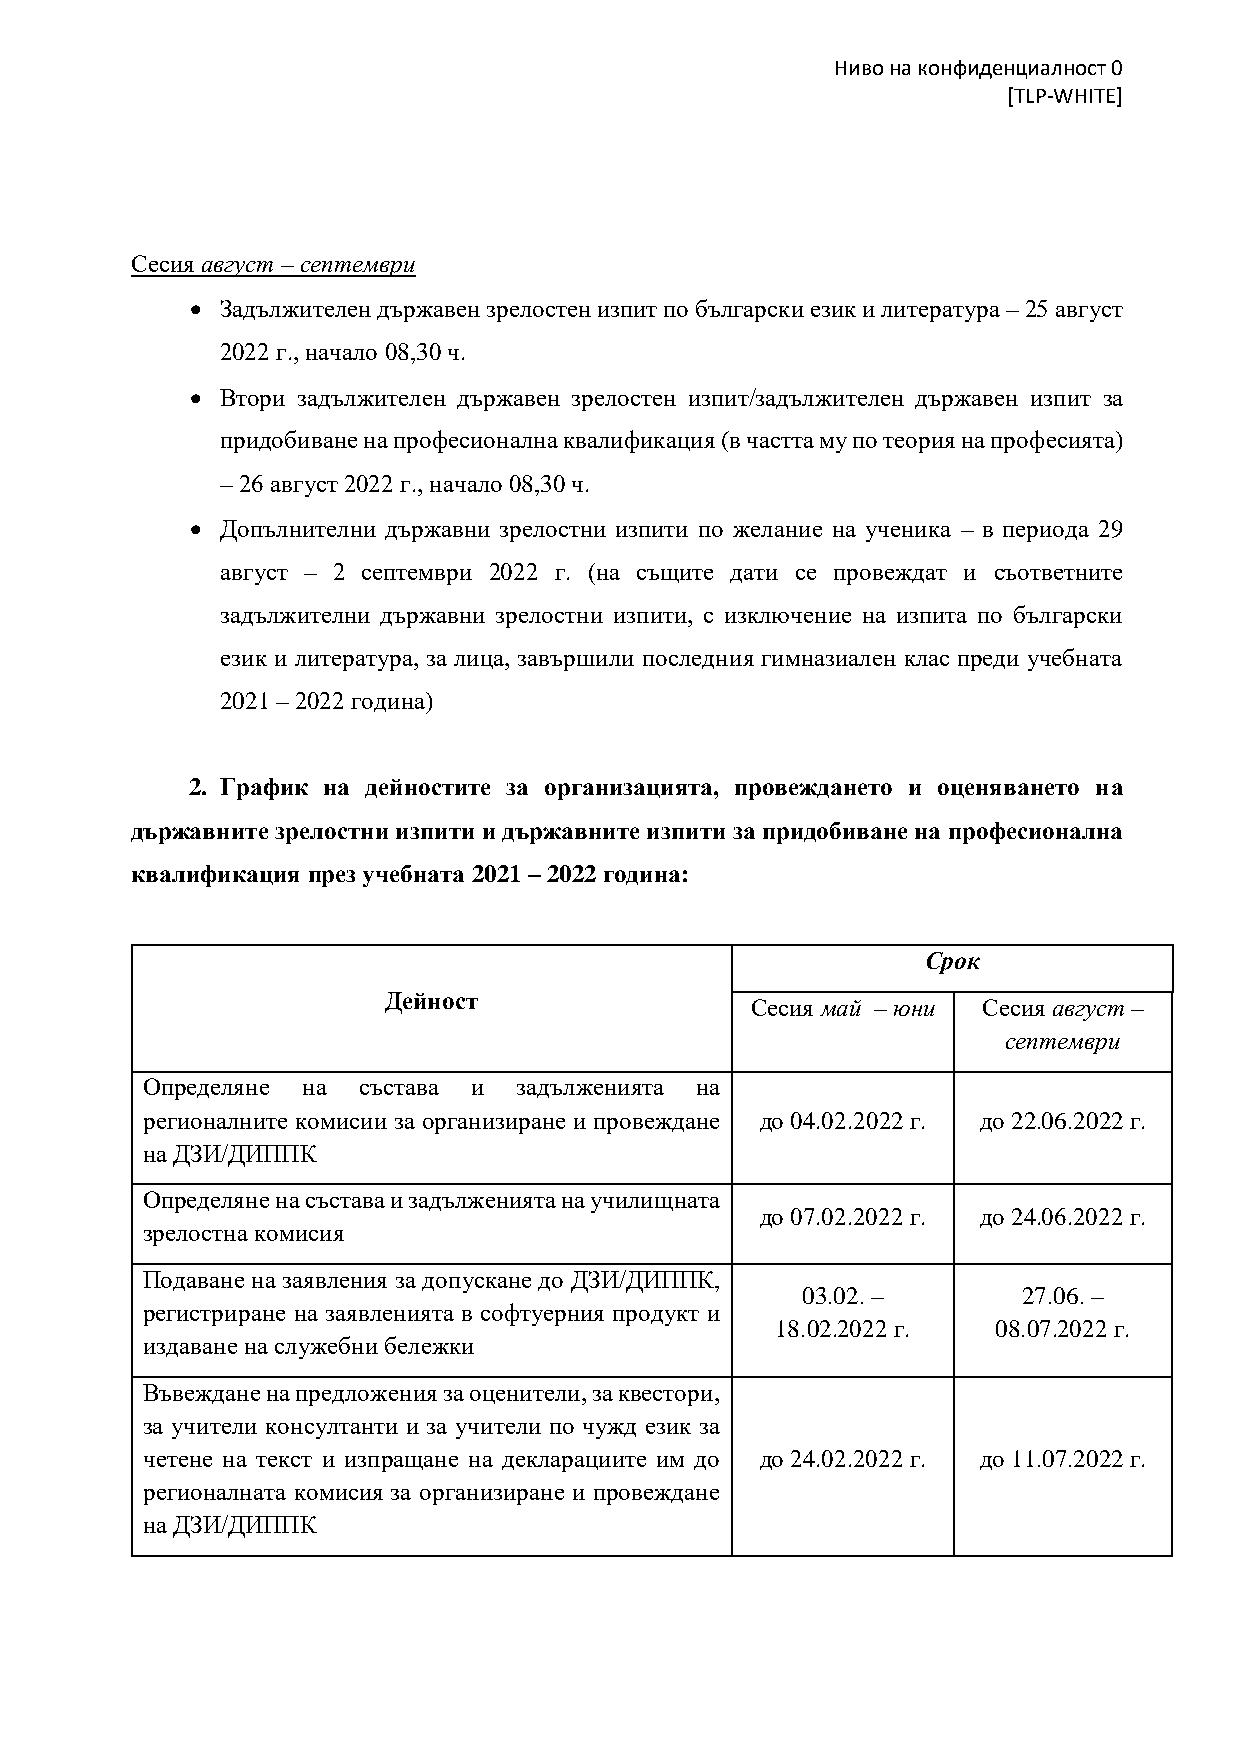
Ниво на конфиденциалност 0
 [TLP-WHITE]
 Сесия август – септември
 • Задължителен държавен зрелостен изпит по български език и литература – 25 август
 2022 г., начало 08,30 ч.
 • Втори задължителен държавен зрелостен изпит/задължителен държавен изпит за
 придобиване на професионална квалификация (в частта му по теория на професията)
 – 26 август 2022 г., начало 08,30 ч.
 • Допълнителни държавни зрелостни изпити по желание на ученика – в периода 29
 август – 2 септември 2022 г. (на същите дати се провеждат и съответните
 задължителни държавни зрелостни изпити, с изключение на изпита по български
 език и литература, за лица, завършили последния гимназиален клас преди учебната
 2021 – 2022 година)
 2. График на дейностите за организацията, провеждането и оценяването на
 държавните зрелостни изпити и държавните изпити за придобиване на професионална
 квалификация през учебната 2021 – 2022 година:
 Срок
 Дейност
 Сесия май – юни Сесия август –
 септември
 Определяне на  състава и задълженията на
 регионалните комисии за организиране и провеждане до 04.02.2022 г. до 22.06.2022 г.
 на ДЗИ/ДИППК
 Определяне на състава и задълженията на училищната
 до 07.02.2022 г. до 24.06.2022 г.
 зрелостна комисия
 Подаване на заявления за допускане до ДЗИ/ДИППК,
 03.02. –       27.06. –
 регистриране на заявленията в софтуерния продукт и
 18.02.2022 г.  08.07.2022 г.
 издаване на служебни бележки
 Въвеждане на предложения за оценители, за квестори,
 за учители консултанти и за учители по чужд език за
 четене на текст и изпращане на декларациите им до до 24.02.2022 г. до 11.07.2022 г.
 регионалната комисия за организиране и провеждане
 на ДЗИ/ДИППК